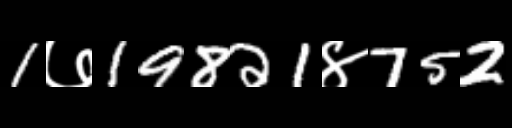
Text: 1७19821४752